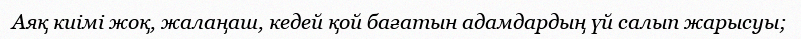
Аяқ киімі жоқ, жалаңаш, кедей қой бағатын адамдардың үй салып жарысуы;